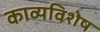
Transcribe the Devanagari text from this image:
काव्यविशेष